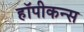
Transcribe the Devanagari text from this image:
हॉपीकन्स